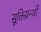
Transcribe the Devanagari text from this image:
सूक्तिग्रन्थों